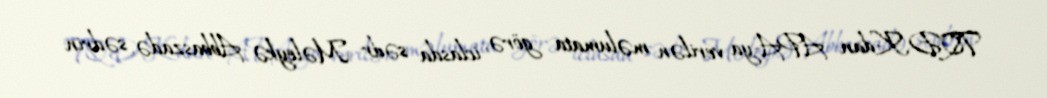
TQDK-dan APA-ya verilən məlumata görə, iclasda sədr Məleykə Abbaszadə, sədrin